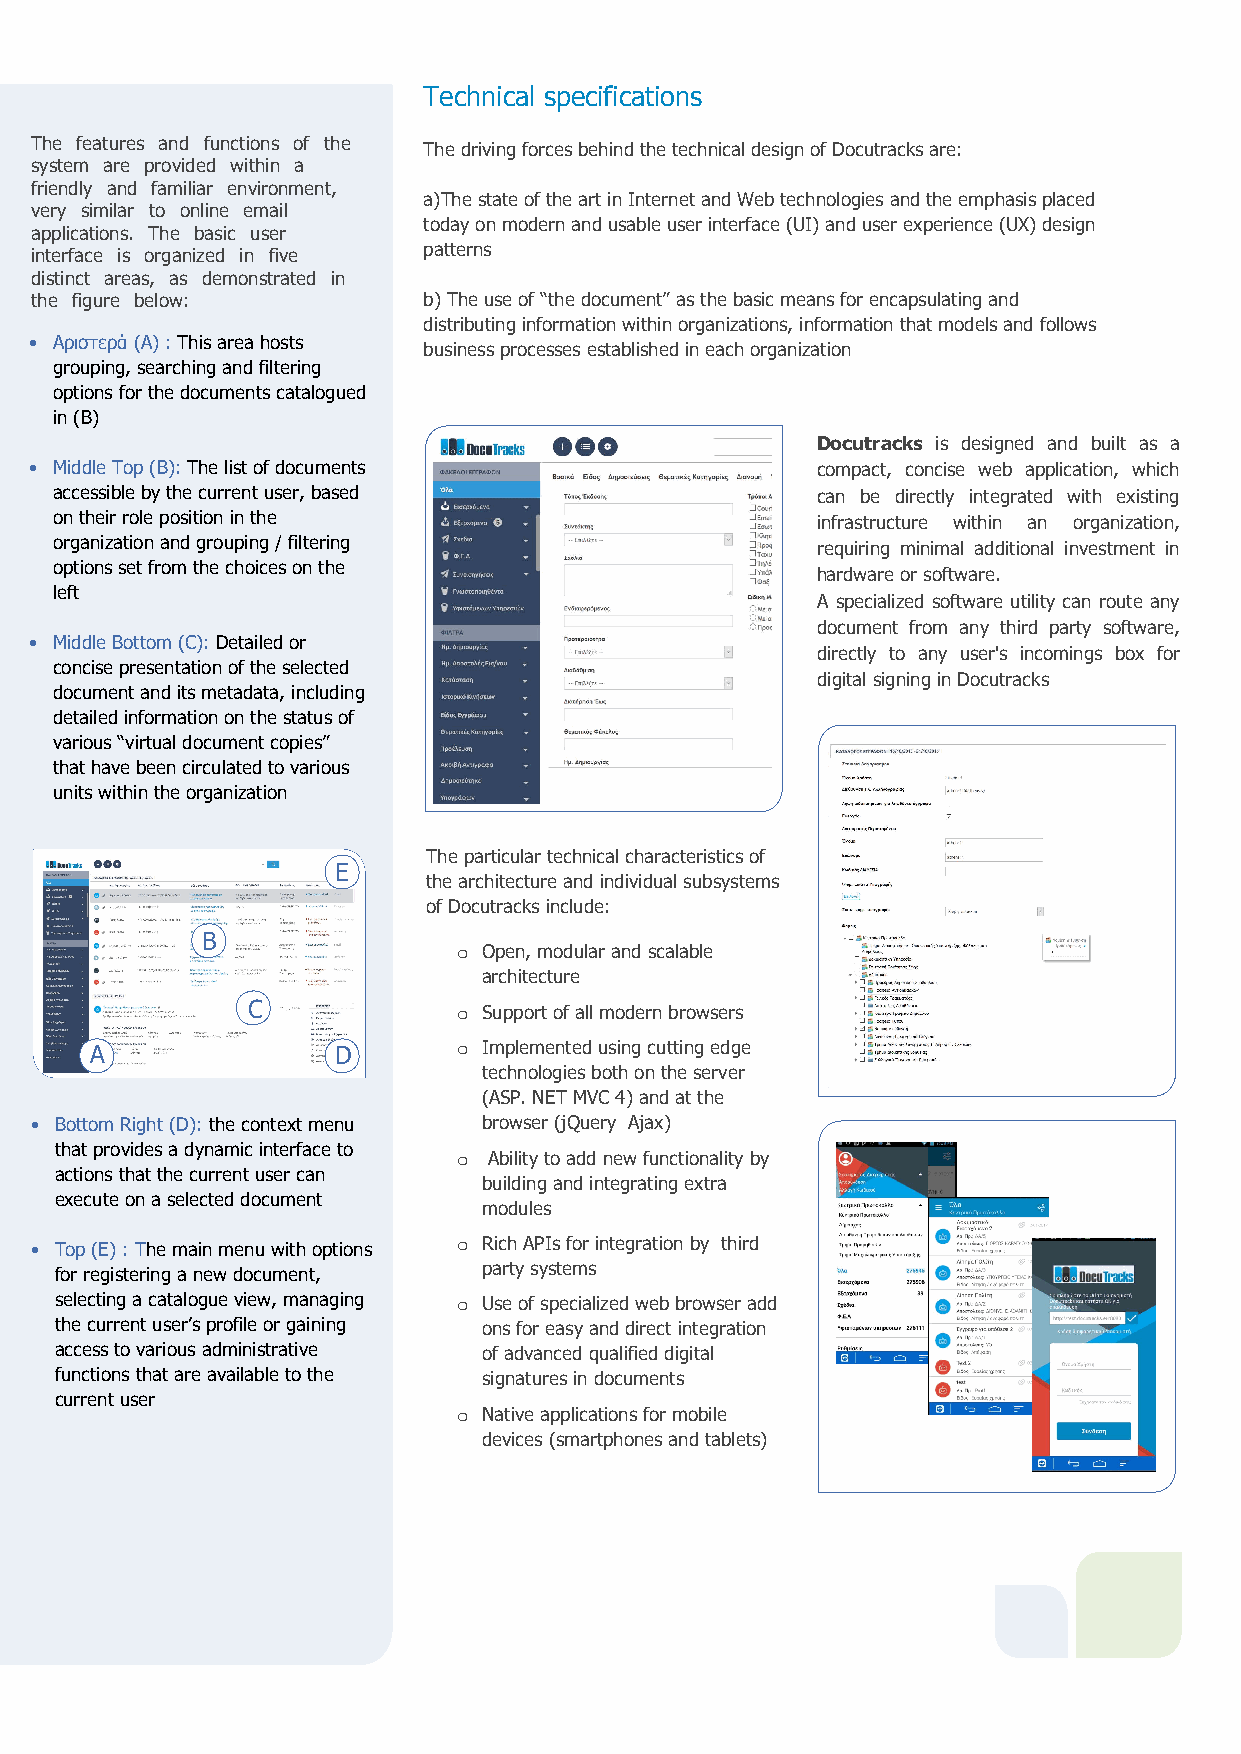
Technical specifications
 The features and functions of the
 The driving forces behind the technical design of Docutracks are:
 system are provided within a
 friendly and familiar environment,
 a)The state of the art in Internet and Web technologies and the emphasis placed
 very similar to online email
 today on modern and usable user interface (UI) and user experience (UX) design
 applications. The basic user
 patterns
 interface is organized in five
 distinct areas, as demonstrated in
 the figure below:         b)The use of “the document” as the basic means for encapsulating and
 distributing information within organizations, information that models and follows
 • Αριστερά (Α) : This area hosts
 business processes established in each organization
 grouping, searching and filtering
 options for the documents catalogued
 in (B)
 Docutracks is designed and built as a
 • Middle Top (B): The list of documents             compact, concise web application, which
 accessible by the current user, based              can be directly integrated with existing
 on their role position in the                      infrastructure within an organization,
 organization and grouping / filtering              requiring minimal additional investment in
 options set from the choices on the
 hardware or software.
 left
 A specialized software utility can route any
 document from any third party software,
 • Middle Bottom (C): Detailed or
 directly to any user's incomings box for
 concise presentation of the selected
 digital signing in Docutracks
 document and its metadata, including
 detailed information on the status of
 various “virtual document copies”
 that have been circulated to various
 units within the organization
 The particular technical characteristics of
 Ε
 the architecture and individual subsystems
 of Docutracks include:
 Β
 o Open, modular and scalable
 architecture
 C             o Support of all modern browsers
 Α               D       o Implemented using cutting edge
 technologies both on the server
 (ASP. NET MVC 4) and at the
 • Bottom Right (D): the context menu browser (jQuery Ajax)
 that provides a dynamic interface to o Ability to add new functionality by
 actions that the current user can
 building and integrating extra
 execute on a selected document
 modules
 • Top (Ε) : The main menu with options o Rich APIs for integration by third
 party systems
 for registering a new document,
 selecting a catalogue view, managing o Use of specialized web browser add
 the current user’s profile or gaining ons for easy and direct integration
 access to various administrative of advanced qualified digital
 functions that are available to the signatures in documents
 current user
 o Native applications for mobile
 devices (smartphones and tablets)